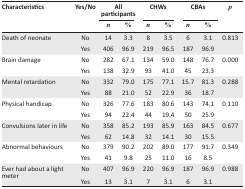
<table><thead><tr><td rowspan="3"><b>Characteristics</b></td><td rowspan="3"><b>Yes/No</b></td><td colspan="2"><b>All participants</b></td><td colspan="2"><b>CHWs</b></td><td colspan="2"><b>CBAs</b></td><td rowspan="3"><b><i>p</i></b></td></tr><tr><td><b><i>n</i></b></td><td><b>%</b></td><td><b><i>n</i></b></td><td><b>%</b></td><td><b><i>n</i></b></td><td><b>%</b></td></tr></thead><tbody><tr><td>Death of neonate</td><td>No</td><td>14</td><td>3.3</td><td>8</td><td>3.5</td><td>6</td><td>3.1</td><td>0.813</td></tr><tr><td></td><td>Yes</td><td>406</td><td>96.9</td><td>219</td><td>96.5</td><td>187</td><td>96.9</td><td></td></tr><tr><td>Brain damage</td><td>No</td><td>282</td><td>67.1</td><td>134</td><td>59.0</td><td>148</td><td>76.7</td><td>0.000</td></tr><tr><td></td><td>Yes</td><td>138</td><td>32.9</td><td>93</td><td>41.0</td><td>45</td><td>23.3</td><td></td></tr><tr><td>Mental retardation</td><td>No</td><td>332</td><td>79.0</td><td>175</td><td>77.1</td><td>15.7</td><td>81.3</td><td>0.288</td></tr><tr><td></td><td>Yes</td><td>88</td><td>21.0</td><td>52</td><td>22.9</td><td>36</td><td>18.7</td><td></td></tr><tr><td>Physical handicap</td><td>No</td><td>326</td><td>77.6</td><td>183</td><td>80.6</td><td>143</td><td>74.1</td><td>0.110</td></tr><tr><td></td><td>Yes</td><td>94</td><td>22.4</td><td>44</td><td>19.4</td><td>50</td><td>25.9</td><td></td></tr><tr><td>Convulsions later in life</td><td>No</td><td>358</td><td>85.2</td><td>193</td><td>85.9</td><td>163</td><td>84.5</td><td>0.677</td></tr><tr><td></td><td>Yes</td><td>62</td><td>14.8</td><td>32</td><td>14.1</td><td>30</td><td>15.5</td><td></td></tr><tr><td>Abnormal behaviours</td><td>No</td><td>379</td><td>90.2</td><td>202</td><td>89.0</td><td>177</td><td>91.7</td><td>0.349</td></tr><tr><td></td><td>Yes</td><td>41</td><td>9.8</td><td>25</td><td>11.0</td><td>16</td><td>8.5</td><td></td></tr><tr><td>Ever had about a light meter</td><td>No</td><td>407</td><td>96.9</td><td>220</td><td>96.9</td><td>187</td><td>96.9</td><td>0.988</td></tr><tr><td></td><td>Yes</td><td>13</td><td>3.1</td><td>7</td><td>3.1</td><td>6</td><td>3.1</td><td></td></tr></tbody></table>